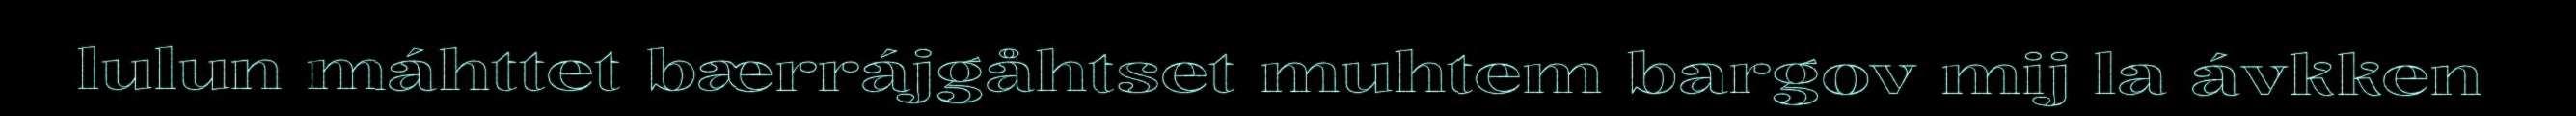
lulun máhttet bærrájgåhtset muhtem bargov mij la ávkken